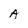
Character: A